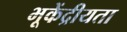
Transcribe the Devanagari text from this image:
भूकेंद्रीयता